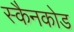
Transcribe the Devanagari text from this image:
स्कैनकोड